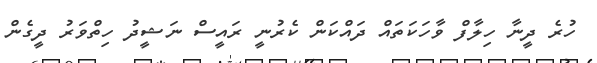
ހުރެ ދީނާ ހިލާފް ވާހަކަތައް ދައްކަން ކެރުނީ ރައީސް ނަޝީދު ހިތްވަރު ދީގެން